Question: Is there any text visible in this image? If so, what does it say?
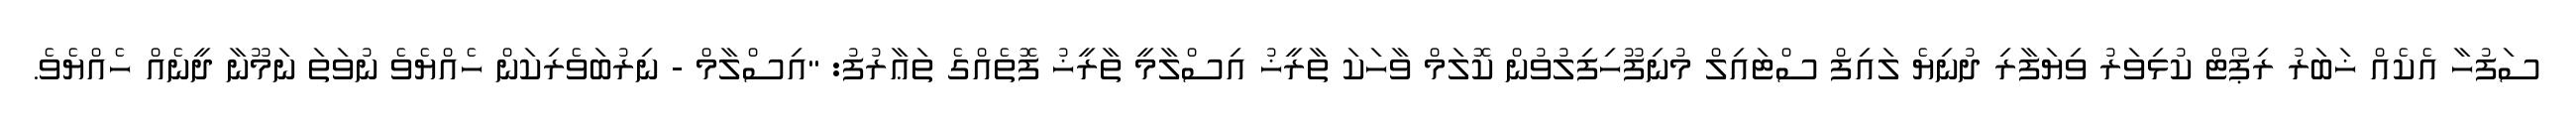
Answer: ސަފުހާ އެކެއް ޚަބަރު ރިޕޯޓް ކުޅިވަރު ވިޔަފާރި ދުނިޔެ ލައިފް ސްޓައިލް މުނިފޫހިފިލުވުން ކޮލަމް ވާހަކަ ތާރީޚު އިސްލާމީ ތާރީޚު ފޮތެއްގެ ތަޢާރުފު: "އިސްލާމް - ނިރުބަވެރިކަން ހެއްޔެވެ ނުވަތަ ނަމޫނާ ދީނެއް ހެއްޔެވެ.